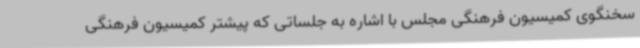
سخنگوی کمیسیون فرهنگی مجلس با اشاره به جلساتی که پیشتر کمیسیون فرهنگی